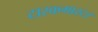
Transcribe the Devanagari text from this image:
टास्कमास्टर